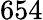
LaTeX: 654